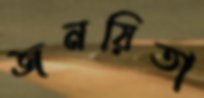
জনয়িতা